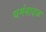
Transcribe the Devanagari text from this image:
धर्मवादळ